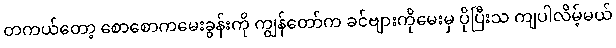
တကယ်တော့ စောစောကမေးခွန်းကို ကျွန်တော်က ခင်ဗျားကိုမေးမှ ပိုပြီးသ ကျပါလိမ့်မယ်